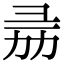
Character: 𢑕